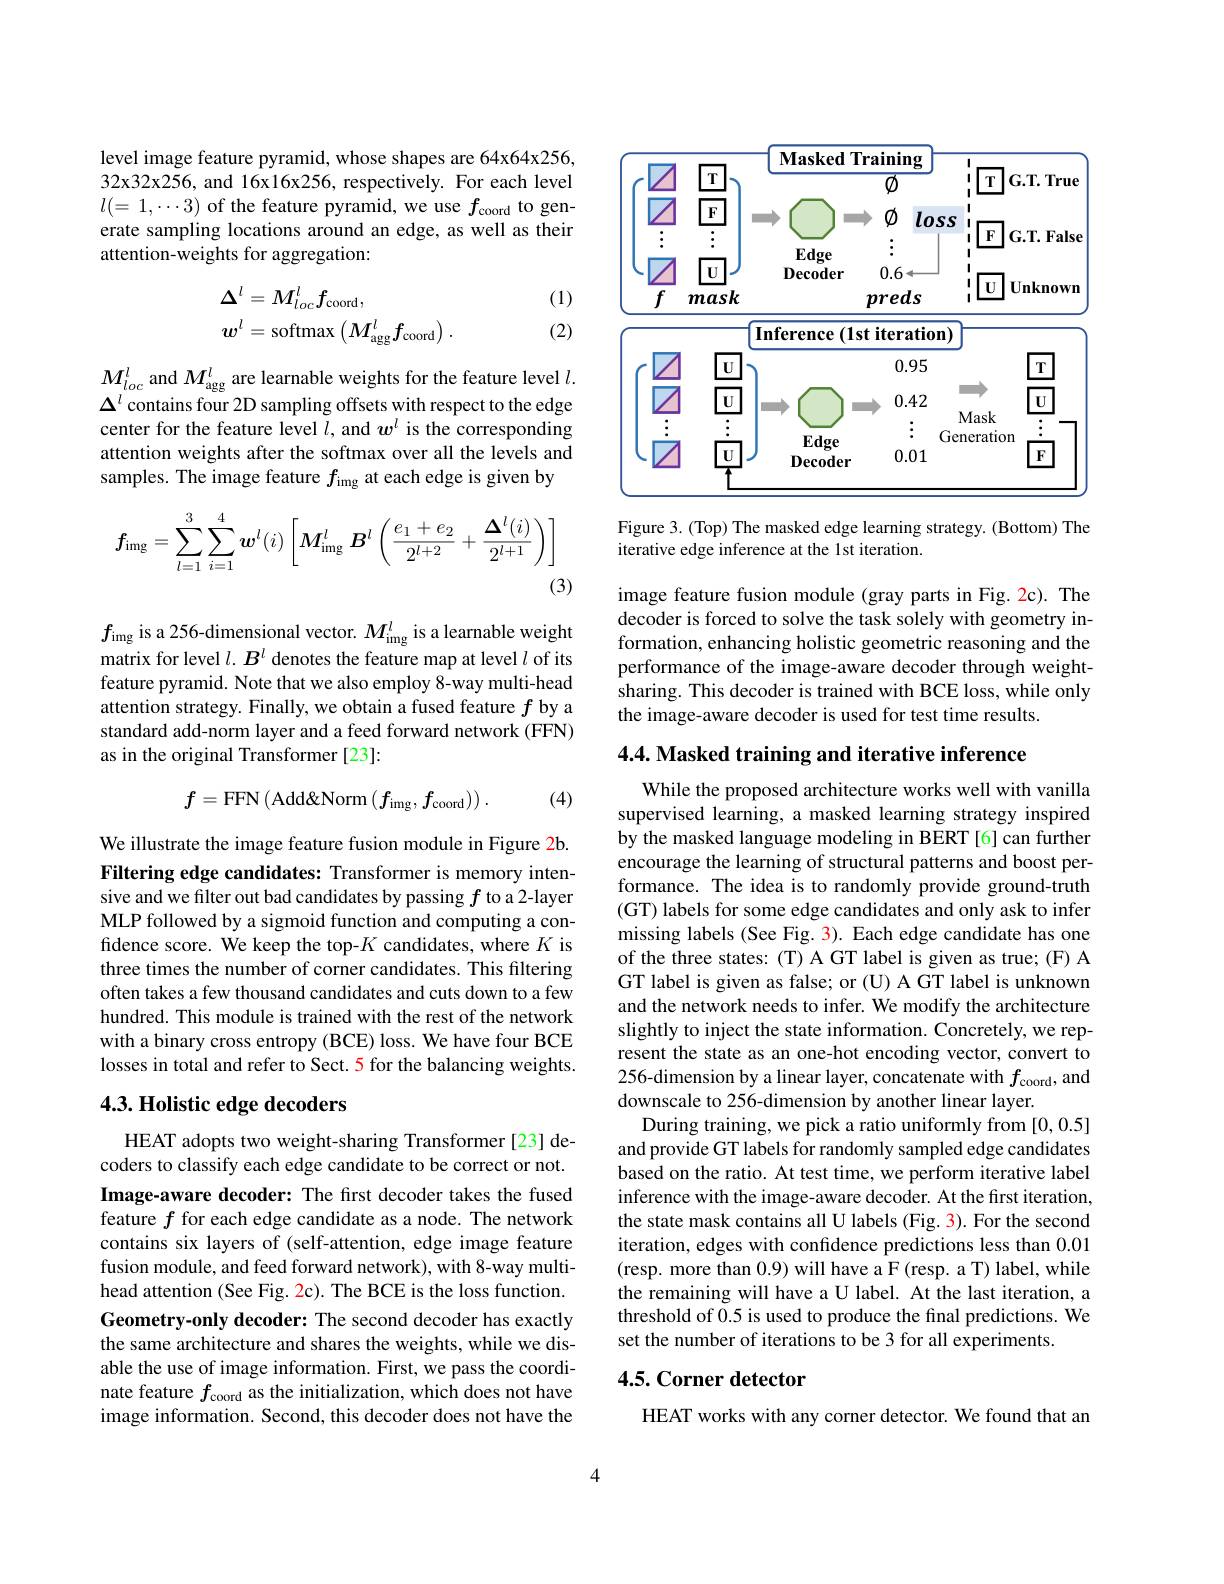
level image feature pyramid, whose shapes are 64x64x256, 32x32x256, and 16x16x256, respectively. For each level $l(=1,\cdots3)$ of the feature pyramid, we use $f_\mathrm{coord}$ to generate sampling locations around an edge, as well as their attention-weights for aggregation:
$$\begin{aligned}&\Delta^{l}=M_{loc}^{l}f_{\mathrm{coord}},\\&w^{l}=\mathrm{softmax}\left(M_{\mathrm{agg}}^{l}f_{\mathrm{coord}}\right).\end{aligned}$$
(1) (2)

$M_{loc}^l$ and $M_\mathrm{agg}^l$ are learnable weights for the feature level $l.$ $\Delta^l$ contains four 2D sampling offsets with respect to the edge center for the feature level $l$, and $w^l$ is the corresponding attention weights after the softmax over all the levels and samples. The image feature $f_\mathrm{img}$ at each edge is given by
$$f_{\mathrm{img}}=\sum_{l=1}^{3}\sum_{i=1}^{4}\boldsymbol{w}^{l}(i)\left[\boldsymbol{M}_{\mathrm{img}}^{l}\boldsymbol{B}^{l}\left(\frac{e_{1}+e_{2}}{2^{l+2}}+\frac{\boldsymbol{\Delta}^{l}(i)}{2^{l+1}}\right)\right]$$
(3)

$f_\mathrm{img}$ is a 256-dimensional vector. $M_\mathrm{img}^l$ is a learnable weight matrix for level $l.B^l$ denotes the feature map at level $l$ of its feature pyramid. Note that we also employ 8-way multi-head attention strategy. Finally, we obtain a fused feature $f$ by a standard add-norm layer and a feed forward network (FFN) as in the original Transformer [23]:
$$f=\mathrm{FFN}\left(\mathrm{Add\&Norm}\left(f_{\mathrm{img}},f_{\mathrm{coord}}\right)\right).$$
(4)

We illustrate the image feature fusion module in Figure 2b. Filtering edge candidates: Transformer is memory intensive and we filter out bad candidates by passing $f$ to a 2-layer MLP followed by a sigmoid function and computing a confidence score. We keep the top-$K$ candidates, where $K$ is three times the number of corner candidates. This filtering often takes a few thousand candidates and cuts down to a few hundred. This module is trained with the rest of the network with a binary cross entropy (BCE) loss. We have four BCE losses in total and refer to Sect. 5 for the balancing weights.

## 4.3. Holistic edge decoders

HEAT adopts two weight-sharing Transformer[23] decoders to classify each edge candidate to be correct or not. Image-aware decoder: The first decoder takes the fused feature $f$ for each edge candidate as a node. The network contains six layers of (self-attention, edge image feature fusion module, and feed forward network), with 8-way multihead attention (See Fig. 2c). The BCE is the loss function. Geometry-only decoder: The second decoder has exactly the same architecture and shares the weights, while we disable the use of image information. First, we pass the coordinate feature $f_\mathrm{coord}$ as the initialization, which does not have image information. Second, this decoder does not have the

<FigureHere>

Figure 3. (Top) The masked edge learning strategy. (Bottom) The
iterative edge inference at the 1st iteration.

image feature fusion module (gray parts in Fig. 2c). The decoder is forced to solve the task solely with geometry information, enhancing holistic geometric reasoning and the performance of the image-aware decoder through weightsharing. This decoder is trained with BCE loss, while only the image-aware decoder is used for test time results.

4.4. Masked training and iterative inference

While the proposed architecture works well with vanilla supervised learning, a masked learning strategy inspired by the masked language modeling in BERT [6] can further encourage the learning of structural patterns and boost performance. The idea is to randomly provide ground-truth (GT) labels for some edge candidates and only ask to infer missing labels (See Fig. 3). Each edge candidate has one of the three states: (T) A GT label is given as true; (F) A GT label is given as false; or (U) A GT label is unknown and the network needs to infer. We modify the architecture slightly to inject the state information. Concretely, we represent the state as an one-hot encoding vector, convert to 256-dimension by a linear layer, concatenate with $f_\mathrm{coord}$, and downscale to 256-dimension by another linear layer.
During training, we pick a ratio uniformly from [0,0.5] and provide GT labels for randomly sampled edge candidates based on the ratio. At test time, we perform iterative label inference with the image-aware decoder. At the frst iteration, the state mask contains all U labels (Fig. 3). For the second iteration, edges with confidence predictions less than 0.01 (resp. more than 0.9) will have a F(resp. a T) label, while the remaining will have a U label. At the last iteration, a threshold of 0.5 is used to produce the final predictions. We set the number of iterations to be 3 for all experiments.

## 4.5. Corner detector

HEAT works with any corner detector. We found that an

4